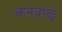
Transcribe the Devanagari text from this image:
कनवाळू